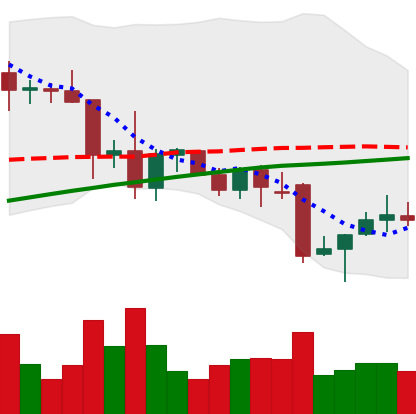
Ticker: XRP-USD
Chart end date: 2021-12-01
Forward return: -16.413%
Label: down_7plus